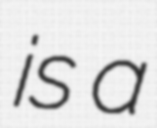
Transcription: is a